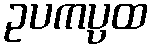
ဥပကပ္ပထ